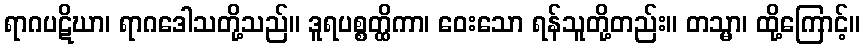
ရာဂပဋိဃာ၊ ရာဂဒေါသတို့သည်။ ဒူရပစ္စတ္ထိကာ၊ ဝေးသော ရန်သူတို့တည်း။ တသ္မာ၊ ထို့ကြောင့်။